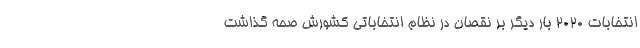
انتخابات ۲۰۲۰ بار دیگر بر نقصان در نظام انتخاباتی کشورش صحّه گذاشت